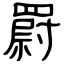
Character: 罻